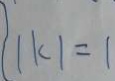
\vert k \vert = 1